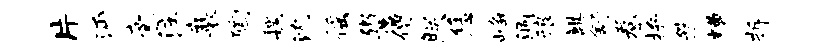
片沔豪注襄陶魏沈徭鬻僧朕恁峥涸琅麒舒眷拚然糟拆